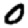
Digit: 0